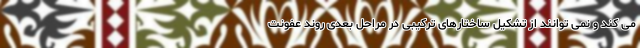
می کند و نمی توانند از تشکیل ساختارهای ترکیبی در مراحل بعدی روند عفونت